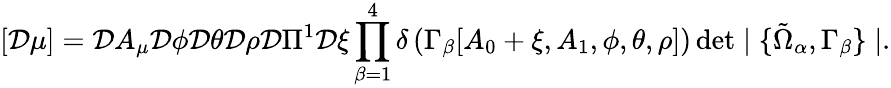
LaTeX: [{\cal D}\mu]={\cal D}A_{\mu}{\cal D}\phi{\cal D}\theta{\cal D}\rho{\cal D}\Pi^{1}{\cal D}\xi\prod_{\beta=1}^{4}\delta\left(\Gamma_{\beta}[A_{0}+\xi,A_{1},\phi,\theta,\rho]\right)\operatorname*{det}\mid\{ \tilde{\Omega}_{\alpha},\Gamma_{\beta}\} \mid.